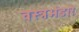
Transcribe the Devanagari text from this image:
वस्त्रभंडार